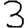
Digit: 3